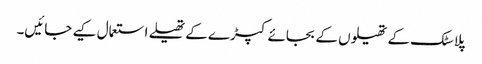
پلاسٹک کے تھیلوں کے بجائے کپڑے کے تھیلے استعمال کیے جائیں۔